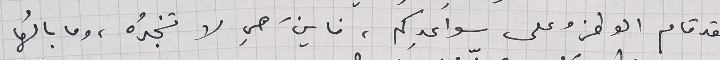
لقد قام الوطن وعلى سواعدِكم، فاينَ هي لا تنجدُه، وما بالُها